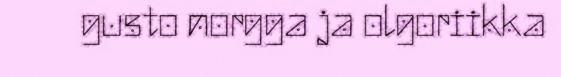
gusto norgga ja olgoriikka